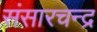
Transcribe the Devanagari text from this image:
संसारचन्द्र